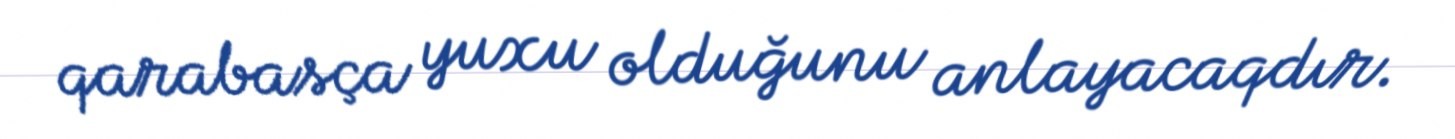
qarabasça yuxu olduğunu anlayacaqdır.